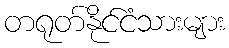
တရုတ်နိုင်ငံသားများ